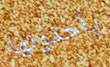
يأخذونها